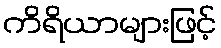
ကိရိယာများဖြင့်